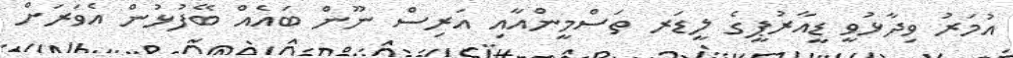
އުމަރު ވިދާޅުވީ ޑީއާރުޕީގެ ލީޑަރ ތަސްމީންއާއި އަރިސް ނޫން ބައެއް ބޭފުޅުން އެވަރަށް